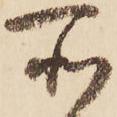
所